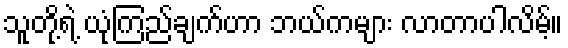
သူတို့ရဲ့ ယုံကြည်ချက်ဟာ ဘယ်ကများ လာတာပါလိမ့်။